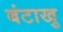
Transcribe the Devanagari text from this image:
बंटाखु